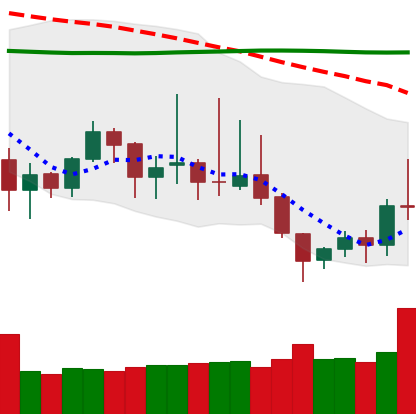
Ticker: DOGE-USD
Chart end date: 2019-09-03
Forward return: -3.622%
Label: down_3_5